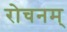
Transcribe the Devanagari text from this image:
रोचनम्